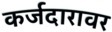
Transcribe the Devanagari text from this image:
कर्जदारावर